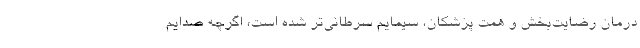
درمان رضايت‌بخش و همت پزشكان، سيمايم سرطاني‌تر شده است، اگرچه صدايم